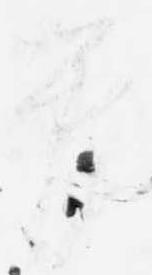
管